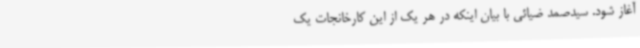
آغاز شود. سیدصمد ضیائی با بیان اینکه در هر یک از این کارخانجات یک